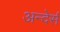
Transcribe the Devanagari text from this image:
अन्देर्स